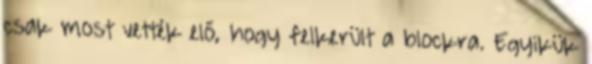
csak most vették elő, hogy felkerült a blockra. Egyikük